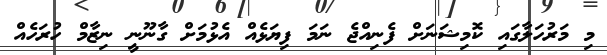
މި މަރުހަލާގައި ކޮމިޝަނަށް ފެނިއްޖެ ނަމަ ފިޔަޅެއް އެޅުމަށް ގާނޫނީ ނިޒާމް ހުރަހެއް